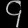
Digit: ၄